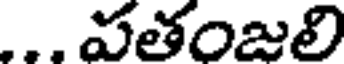
... పతంజలి